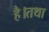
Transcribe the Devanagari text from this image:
है।तथा